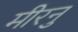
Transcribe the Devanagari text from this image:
मीरनु